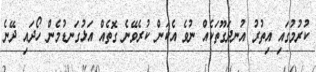
ކުރުމުގައި އިތުރު އުނދަގޫތަކެއް ނުވެ އެކަން ކުރެވޭނެ ގޮތެއް އަޅުގަނޑުމެން ހޯދައި ދޭނެ